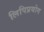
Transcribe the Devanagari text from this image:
लिपिप्रयोग